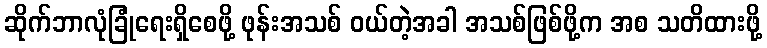
ဆိုက်ဘာလုံခြုံရေးရှိစေဖို့ ဖုန်းအသစ် ဝယ်တဲ့အခါ အသစ်ဖြစ်ဖို့က အစ သတိထားဖို့